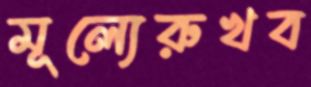
মূল্যেরুখব